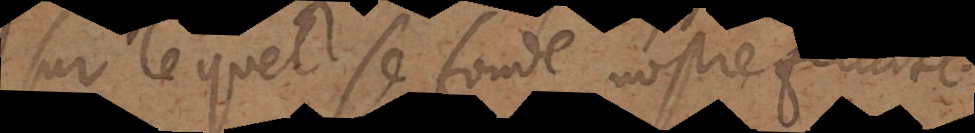
sur lequel se fonde nostre feli